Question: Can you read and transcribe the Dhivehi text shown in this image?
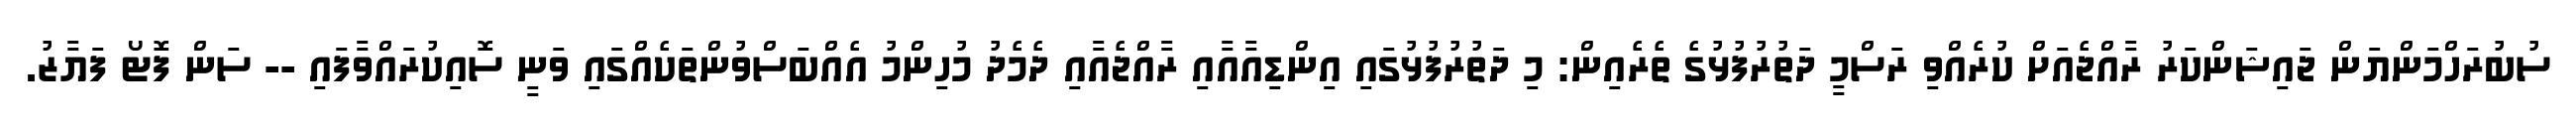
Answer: ސުބުރަހްމަންޔަން ޖައިޝަންކަރު ރާއްޖެއަށް ކުރެއްވި ރަސްމީ ދަތުރުފުޅުގެ ތެރެއިން: މި ދަތުރުފުޅުގައި އިންޑިއާއާއި ރާއްޖެއާއި ދެމެދު މުހިންމު އެއްބަސްވުންތަކެއްގައި ވަނީ ސޮއިކުރައްވާފައި -- ސަން ފޮޓޯ ފަޔާޒު.